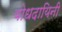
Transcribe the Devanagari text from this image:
बोधदायिनी